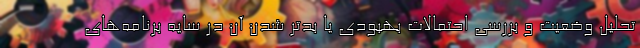
تحلیل وضعیت و بررسی احتمالات بهبودی یا بدتر شدن آن در سایه برنامه‌های